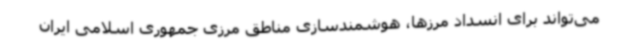
می‌تواند برای انسداد مرزها، هوشمندسازی مناطق مرزی جمهوری اسلامی ایران